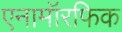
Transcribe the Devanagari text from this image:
एनामॉरफिक